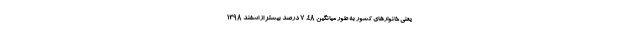
یعنی خانوارهای کشور به طور میانگین ٤٨. ٧ درصد بیشتر از اسفند ١٣٩٨